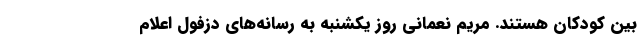
بین کودکان هستند. مریم نعمانی روز یکشنبه به رسانه‌های دزفول اعلام